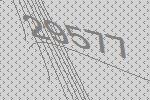
29577